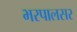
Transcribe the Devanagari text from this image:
भरपालसर